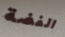
الفضة